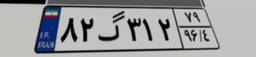
۴۳گ۱۱۹۵۴